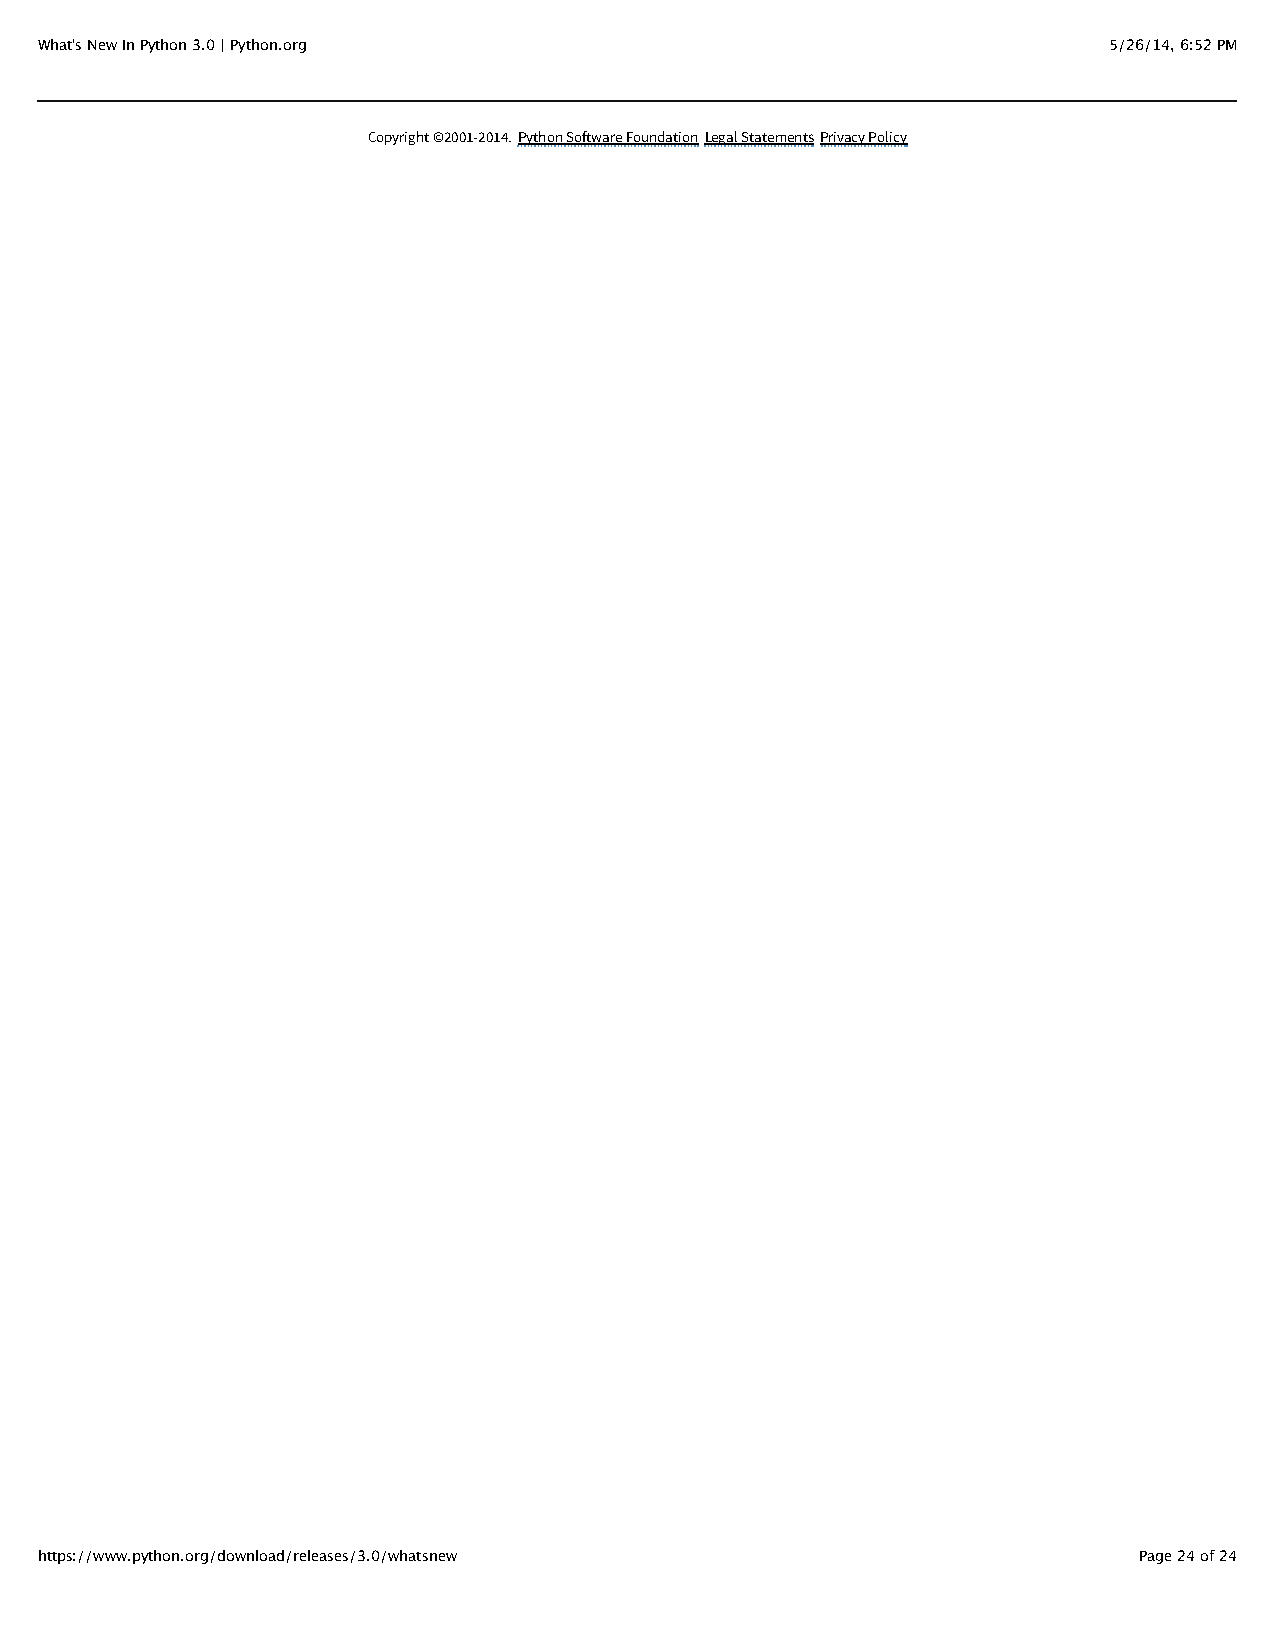
What's New In Python 3.0 | Python.org                                  5/26/14, 6:52 PM
 Copyright ©2001-2014. Python Software Foundation Legal Statements Privacy Policy
 https://www.python.org/download/releases/3.0/whatsnew                    Page 24 of 24